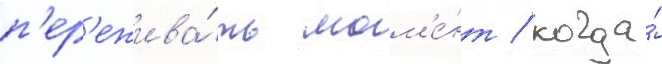
п'ер'ежива́ть мом'е́нт / когда́